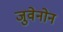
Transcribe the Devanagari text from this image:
जुवेनोन